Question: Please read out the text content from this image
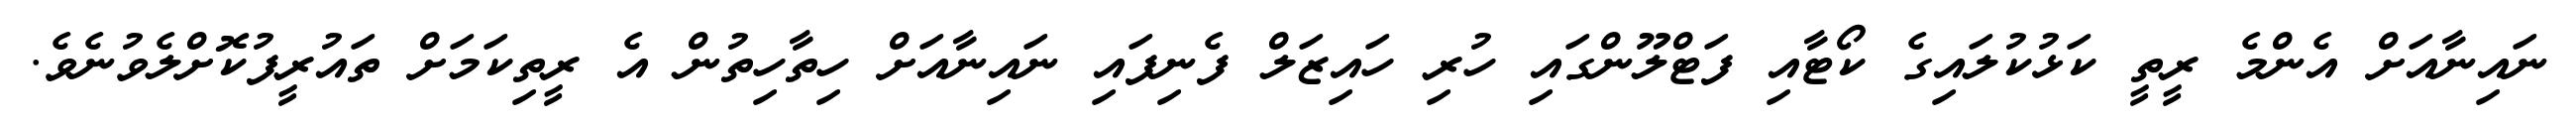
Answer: ނައިނާއަށް އެންމެ ރީތީ ކަޅުކުލައިގެ ކޯޓާއި ފަޓްލޫންގައި ހުރި ހައިޒަލް ފެނިފައި ނައިނާއަށް ހިތާހިތުން އެ ރީތިކަމަށް ތައުރީފުކޮށްލެވުނެވެ.